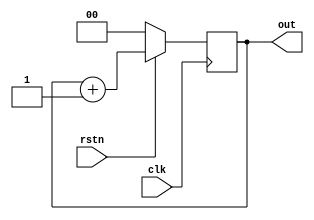
/* Digital Counter used in PE_control
    to count 4 cycles for every computation step
    of PE
    It has a negative reset

*/
module counter (    clk,               // To count till 4 cycles as PE takes 4 cycle per MAC
                   rstn,               // It is negative reset
                    out);
  output reg[1:0] out = 2'b00;
  input clk;
  input rstn;

  // This always block will be triggered at the falling edge of clk (0->1)
  // Once inside this block, it checks if the reset is 0, if yes then change out to zero
  // If reset is 1, then design should be allowed to count up, so increment counter
  always @ (negedge clk) begin
    if (! rstn)
      out <= 0;
    else
      out <= out + 1;
  end
endmodule